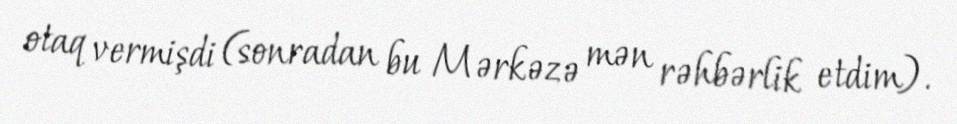
otaq vermişdi (sonradan bu Mərkəzə mən rəhbərlik etdim).